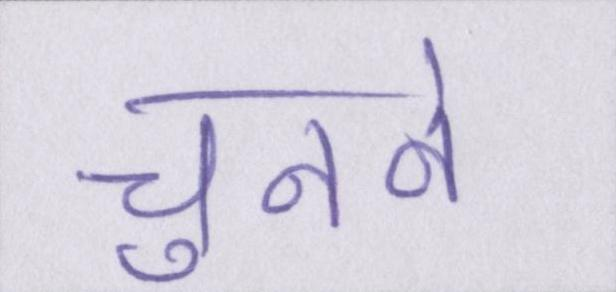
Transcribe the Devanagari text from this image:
चुनने